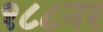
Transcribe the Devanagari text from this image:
१८८नर